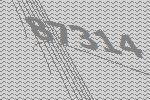
87314